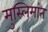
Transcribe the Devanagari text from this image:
मुस्लिमांत